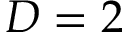
D = 2